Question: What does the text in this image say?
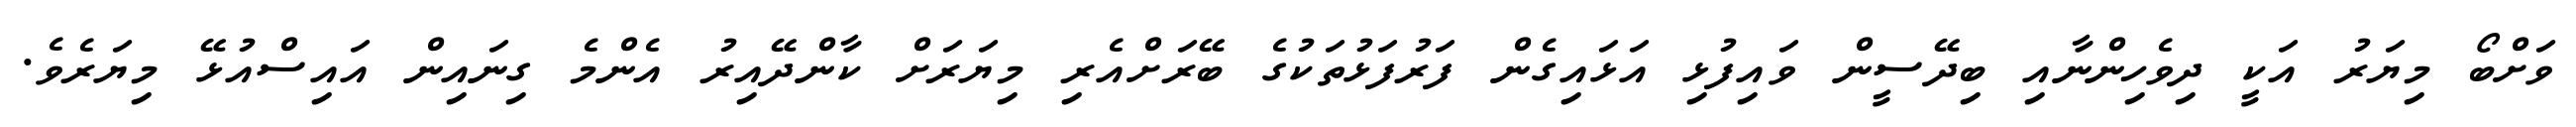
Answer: ވަށްބޯ މިޔަރު އަކީ ދިވެހިންނާއި ބިދޭސީން ވައިފުޅި އަޅައިގެން ފަރުފަޅުތަކުގެ ބޭރަށްއެރި މިޔަރަށް ކާންދޭއިރު އެންމެ ގިނައިން އައިސްއުޅޭ މިޔަރެވެ.